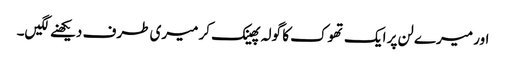
اور میرے لن پر ایک تھوک کا گولہ پھینک کر میری طرف دیکھنے لگیں۔